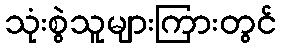
သုံးစွဲသူများကြားတွင်